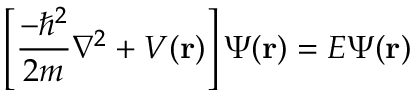
\left[ { \frac { - \hbar ^ { 2 } } { 2 m } } \nabla ^ { 2 } + V ( \mathbf { r } ) \right] \Psi ( \mathbf { r } ) = E \Psi ( \mathbf { r } )